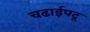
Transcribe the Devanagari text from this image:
चढाईपटू